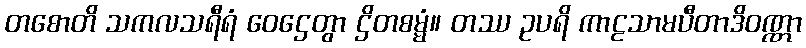
တစောတိ သကလသရီရံ ဝေဌေတွာ ဌိတစမ္မံ။ တဿ ဥပရိ ကာဠသာမပီတာဒိဝဏ္ဏာ